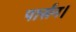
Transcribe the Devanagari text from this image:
पार्सन।